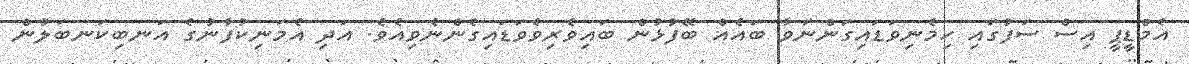
އެމްޑީޕީ އިސް ސަފުގައި ހިމެނިވަޑައިގަންނަވާ ބައެއް ބޭފުޅުން ބައިވެރިވެވަޑައިގެންނެވިއެވެ. އަދި އެމަނިކުފާނުގެ އަނބިކަނބަލުން